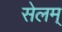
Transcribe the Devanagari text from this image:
सेलम्